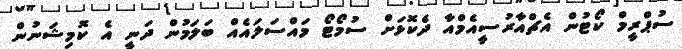
ސުޕްރީމް ކޯޓުން އެޗްއާރުސީއެމްއާ ދެކޮޅަށް ސުމޯޓޯ މައްސަލައެއް ބަލަމުން ދަނީ އެ ކޮމިޝަނުން